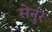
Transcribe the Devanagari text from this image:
सेनुर